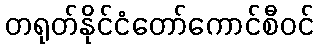
တရုတ်နိုင်ငံတော်ကောင်စီဝင်